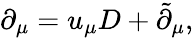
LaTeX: \partial_{\mu}=u_{\mu}D+\tilde{\partial}_{\mu},